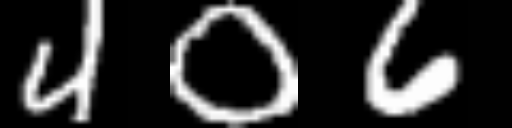
Text: 406